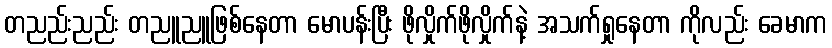
တညည်းညည်း တညူညူဖြစ်နေတာ မောပန်းပြီး ဖိုလှိုက်ဖိုလှိုက်နဲ့ အသက်ရှုနေတာ ကိုလည်း ခေမာက